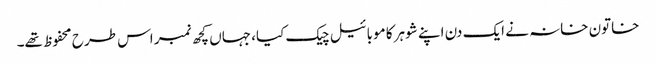
خاتون خانہ نے ایک دن اپنے شوہر کا موبائیل چیک کیا، جہاں کچھ نمبر اس طرح محفوظ تھے۔